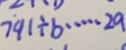
7 9 1 \div b \cdots 2 a